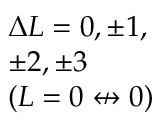
\begin{array} { l } { \Delta L = 0 , \pm 1 , } \\ { \pm 2 , \pm 3 } \\ { ( L = 0 \not \leftrightarrow 0 ) } \end{array}